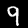
Digit: 9